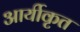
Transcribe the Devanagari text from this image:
आर्यीकृत